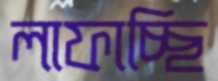
লাফাচ্ছি